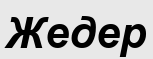
Жедер